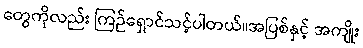
တွေကိုလည်း ကြဉ်ရှောင်သင့်ပါတယ်။အပြစ်နှင့် အကျိုး